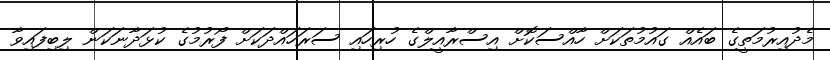
މެދުއިރުމަތީގެ ބައެއް ގައުމުތަކަށް ހާއްސަކޮށް އިސްރާއީލްގެ ހުރިހައި ސަރަހައްދަކަށް ފޯރުމުގެ ކުޅަދާނަކަން ލިބިފައިވާ